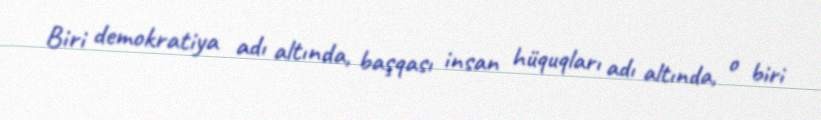
Biri demokratiya adı altında, başqası insan hüquqları adı altında, o biri